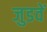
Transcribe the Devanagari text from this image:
जुडवें